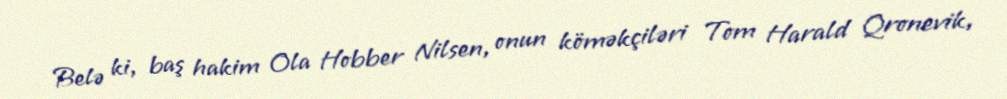
Belə ki, baş hakim Ola Hobber Nilsen, onun köməkçiləri Tom Harald Qronevik,